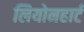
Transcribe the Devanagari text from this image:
लियोनहार्ट